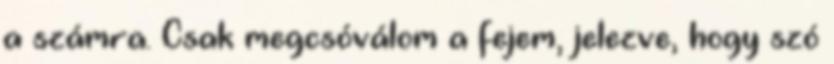
a számra. Csak megcsóválom a fejem, jelezve, hogy szó